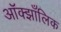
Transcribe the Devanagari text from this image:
ऑक्झाँलिक